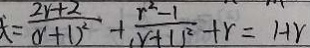
= \frac { 2 r + 2 } { ( r + 1 ) ^ { 2 } } + \frac { r ^ { 2 } - 1 } { ( r + 1 ) ^ { 2 } } + r = 1 + r